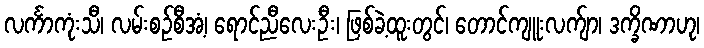
လင်္ကာကုံးသီ၊ လမ်းစဉ်စီအံ့၊ ရောင်ညီလေးဦး၊ ဖြစ်ခဲ့ထူးတွင်၊ တောင်ကျူးလက်ျာ၊ ဒက္ခိဏာဟု၊